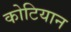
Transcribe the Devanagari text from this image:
कोटियान